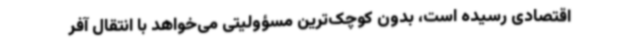
اقتصادی رسیده است، بدون کوچک‌ترین مسؤولیتی می‌خواهد با انتقال آفر